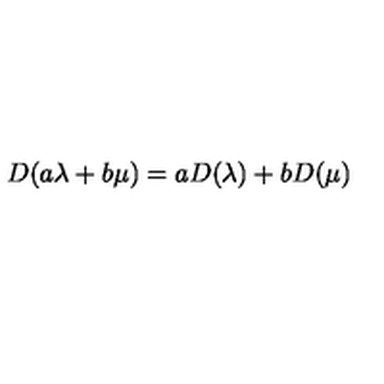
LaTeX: D ( a \lambda + b \mu ) = a D ( \lambda ) + b D ( \mu )